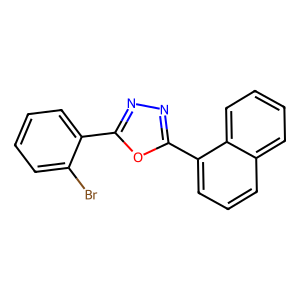
SMILES: Brc1ccccc1-c1nnc(-c2cccc3ccccc23)o1
Inhibits HIV replication: No